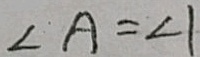
\angle A = \angle 1